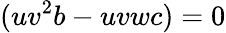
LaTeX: (uv^{2}b-uvwc)=0